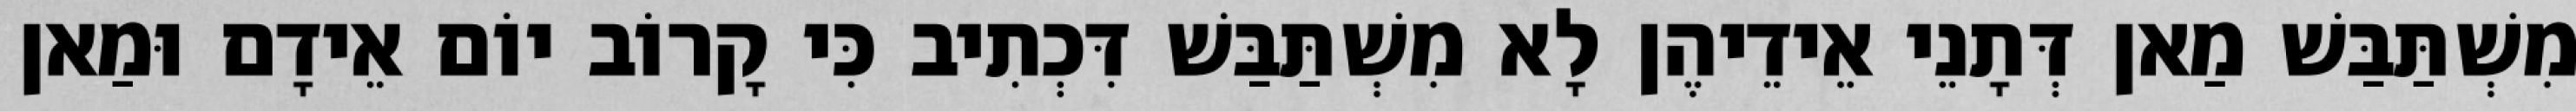
מִשְׁתַּבַּשׁ מַאן דְּתָנֵי אֵידֵיהֶן לָא מִשְׁתַּבַּשׁ דִּכְתִיב כִּי קָרוֹב יוֹם אֵידָם וּמַאן